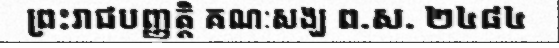
ព្រះរាជបញ្ញត្តិ គណៈសង្ឃ ព.ស. ២៤៨៤